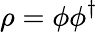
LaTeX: \rho=\phi\phi^{\dagger}